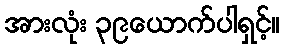
အားလုံး ၃၉ယောက်ပါရှင့်။